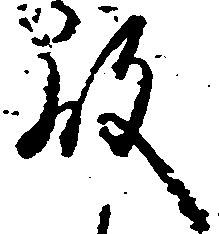
殿